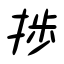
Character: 捗